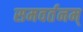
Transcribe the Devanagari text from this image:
समवर्तनम्